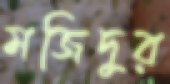
মজিদুর